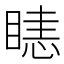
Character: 𥉖